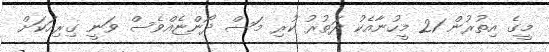
މީގެ އިތުރުން 21 މީހުނާއެކު ދަތުރު ކުރި މަސް ދޯންޏެއްވެސް ވަނީ ގިރިއަކަށް